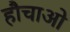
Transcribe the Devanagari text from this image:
हौचाओ